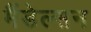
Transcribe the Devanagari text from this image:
मैंडेल्सन